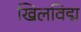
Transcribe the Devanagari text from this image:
खिलविद्म